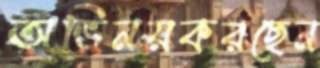
অভিনয়করছেন